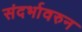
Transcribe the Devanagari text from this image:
संदर्भावरुन